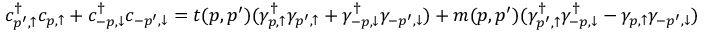
c _ { p ^ { \prime } , \uparrow } ^ { \dag } c _ { p , \uparrow } + c _ { - p , \downarrow } ^ { \dag } c _ { - p ^ { \prime } , \downarrow } = t ( p , p ^ { \prime } ) ( \gamma _ { p , \uparrow } ^ { \dag } \gamma _ { p ^ { \prime } , \uparrow } + \gamma _ { - p , \downarrow } ^ { \dag } \gamma _ { - p ^ { \prime } , \downarrow } ) + m ( p , p ^ { \prime } ) ( \gamma _ { p ^ { \prime } , \uparrow } ^ { \dag } \gamma _ { - p , \downarrow } ^ { \dag } - \gamma _ { p , \uparrow } \gamma _ { - p ^ { \prime } , \downarrow } )